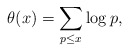
\begin{align*} \theta(x)=\sum_{p\le x}\log p,\end{align*}